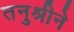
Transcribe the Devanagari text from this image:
तनुश्रीने